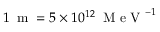
1 \, \mathrm { ~ m ~ } = 5 \times 1 0 ^ { 1 2 } \, \mathrm { ~ M ~ e ~ V ~ } ^ { - 1 }